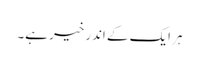
ہر ایک کے اندر خیر ہے۔